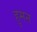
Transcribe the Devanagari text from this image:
हुमन